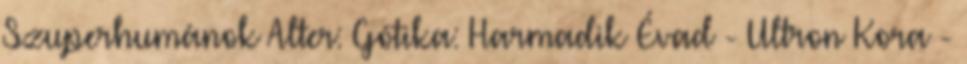
Szuperhumánok Alter: Gótika: Harmadik Évad - Ultron Kora -